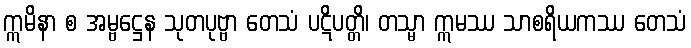
ဣမိနာ စ အမ္ဗဋ္ဌေန သုတပုဗ္ဗာ တေသံ ပဋိပတ္တိ၊ တသ္မာ ဣမဿ သာစရိယကဿ တေသံ